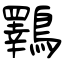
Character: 鸅